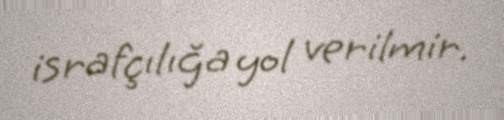
israfçılığa yol verilmir.